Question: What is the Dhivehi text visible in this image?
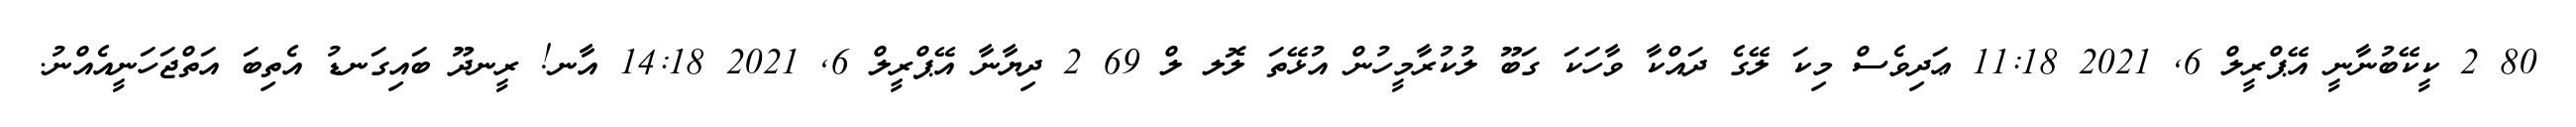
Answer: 80 2 ކީކޭބުނާނީ އޭޕްރީލް 6, 2021 11:18 ޢަދިވެސް މިކަ ލޭގެ ދައްކާ ވާހަކަ ގަބޫ ލުކުރާމީހުން އުޅޭތަ ލޮލ ލް 69 2 ދިޔާނާ އޭޕްރީލް 6, 2021 14:18 އާނ! ރީނދޫ ބައިގަނޑު އެތިބަ އަތްޖަހަނީއެއްނު.